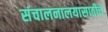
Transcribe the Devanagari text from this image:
संचालनालयासाठीचे